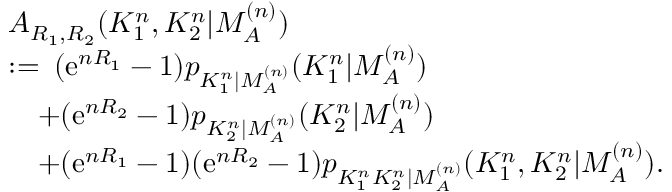
\begin{array} { r l } & { A _ { R _ { 1 } , R _ { 2 } } ( K _ { 1 } ^ { n } , K _ { 2 } ^ { n } | M _ { { \cal A } } ^ { ( n ) } ) } \\ & { : = \: ( \mathrm { e } ^ { n R _ { 1 } } - 1 ) p _ { K _ { 1 } ^ { n } | M _ { \cal A } ^ { ( n ) } } ( K _ { 1 } ^ { n } | M _ { { \cal A } } ^ { ( n ) } ) } \\ & { \quad + ( \mathrm { e } ^ { n R _ { 2 } } - 1 ) p _ { K _ { 2 } ^ { n } | M _ { { \cal A } } ^ { ( n ) } } ( K _ { 2 } ^ { n } | M _ { { \cal A } } ^ { ( n ) } ) } \\ & { \quad + ( \mathrm { e } ^ { n R _ { 1 } } - 1 ) ( \mathrm { e } ^ { n R _ { 2 } } - 1 ) p _ { K _ { 1 } ^ { n } K _ { 2 } ^ { n } | M _ { { \cal A } } ^ { ( n ) } } ( K _ { 1 } ^ { n } , K _ { 2 } ^ { n } | M _ { { \cal A } } ^ { ( n ) } ) . } \end{array}